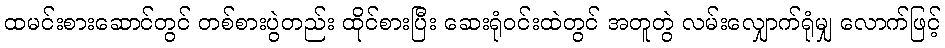
ထမင်းစားဆောင်တွင် တစ်စားပွဲတည်း ထိုင်စားပြီး ဆေးရုံဝင်းထဲတွင် အတူတွဲ လမ်းလျှောက်ရုံမျှ လောက်ဖြင့်